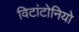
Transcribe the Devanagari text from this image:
विटांटोनियो